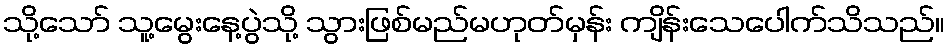
သို့သော် သူ့မွေးနေ့ပွဲသို့ သွားဖြစ်မည်မဟုတ်မှန်း ကျိန်းသေပေါက်သိသည်။